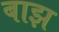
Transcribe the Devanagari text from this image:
बाझ